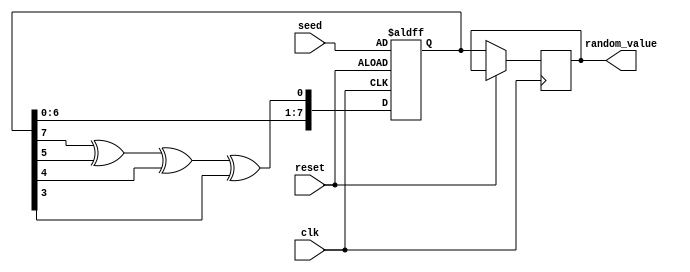
module RandomInitialization #(
    parameter WIDTH = 8  // Width of the random value output
)(
    input wire clk,          // Clock signal
    input wire reset,        // Reset signal (active-high)
    input wire [WIDTH-1:0] seed, // Seed input for initialization
    output reg [WIDTH-1:0] random_value // Random value output
);

    // Internal state for the LFSR
    reg [WIDTH-1:0] lfsr;

    // LFSR feedback polynomial (example: x^8 + x^6 + x^5 + x^4 + 1)
    wire feedback = lfsr[7] ^ lfsr[5] ^ lfsr[4] ^ lfsr[3];

    // Sequential logic for generating random values
    always @(posedge clk or posedge reset) begin
        if (reset) begin
            // Initialize LFSR with seed value on reset
            lfsr <= seed;
        end else begin
            // Shift the LFSR and update the random value
            lfsr <= {lfsr[WIDTH-2:0], feedback};
            random_value <= lfsr;
        end
    end

endmodule